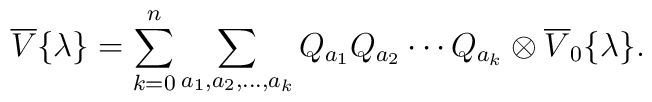
\overline{V}{\{}\lambda{\}} = \sum_{k=0}^{n} \sum_{a_{1}, a_{2}, \ldots, a_{k}} Q_{a_{1}}Q_{a_{2}} \cdots Q_{a_{k}} \otimes \overline{V}_{0}{\{}\lambda{\}}.